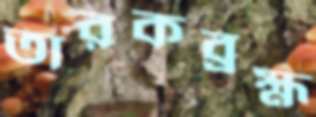
তারকব্রহ্ম